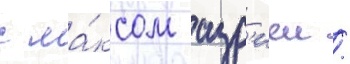
с ма́ксом азр'иеи /